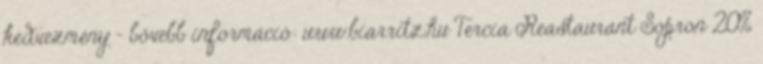
kedvezmény - bővebb információ: www.biarritz.hu Tercia Reastaurant Sopron 20%